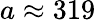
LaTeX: a\approx 319